Leaving Certificate Examination (including Day School Certificate (Higher) General paper), 1930
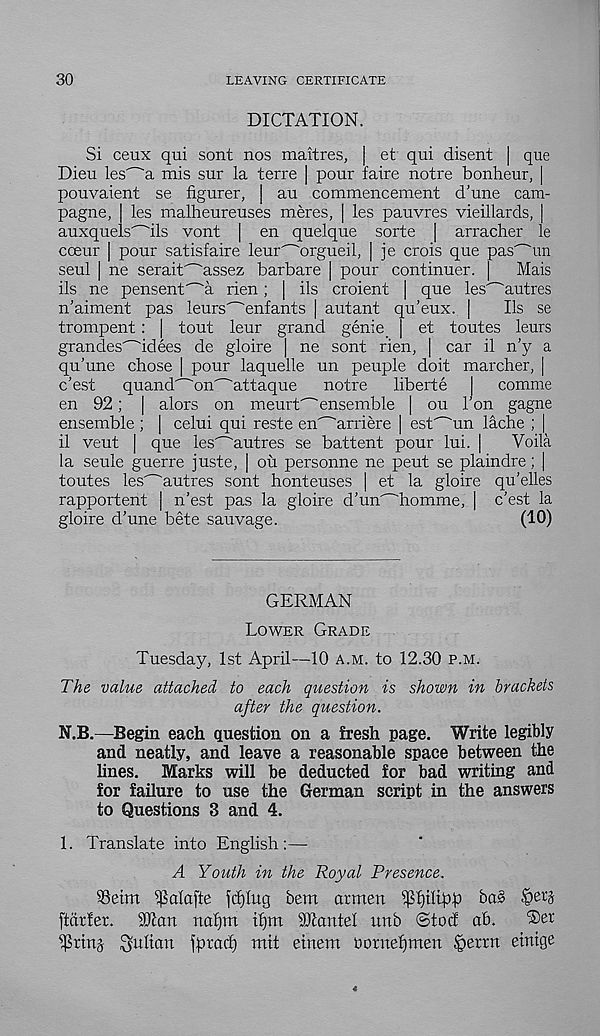
30
LEAVING CERTIFICATE
DICTATION.
Si ceux qui sont nos maitres, | et qui disent | que
Dieu les'~'a mis sur la terre | pour faire notre bonheur, |
pouvaient se figurer, | an commencement d'une cam-
pagne, les malheureuses meres, | les pauvres vieillards, |
auNquels^ils vont | en quelque sorte [ arracher le
cceur | pour satisfaire leur'~'orgueil, | je crois que passim
seul | ne serait^assez barbare | pour continuer. |
Mais
ils ne pensent^a rien; | ils croient | que les^autres
n’aiment pas leurs'~'enfants | autant qu’eux. |
Ils se
trompent: | tout leur grand genie _ | et toutes leurs
grandes'~'idees de gloire | ne sont rien, | car il n’y a
qu’une chose | pour laquelle un peuple doit marcher, |
c'est
quand^on^attaque
notre
liberte |
comme
en 92; | alors on meurt"^ensemble | ou Ton gagne
ensemble ; | celui qui reste en^arriere | est^un lache ; |
il veut | que les' - 'autres se battent pour lui. |
Voila
la seule guerre juste, | oil personne ne peut se plaindre; |
toutes les^autres sont honteuses | et la gloire qu’elles
rapportent | n’est pas la gloire d’un'^'homme, | c'est la
gloire d’une bete sauvage.
(10)
GERMAN
Lower Grade
Tuesday, 1st April—10 a.m. to 12.30 p.m.
The value attached to each question is shown in brackets
after the question.
N.B.—Begin each question on a fresh page. Write legibly
and neatly, and leave a reasonable space between the
lines. Marks will be deducted for bad writing and
for failure to use the German script in the answers
to Questions 3 and 4.
1. Translate into English:—-
A Youth in the Royal Presence.
Seim ipdafte fd)Iug bem armen ‘^fjiltp.p bas
ftarfer.
iDtcm nafjm tf)m Mantel imb @tocf ab.
Julian jpracl) mit etnem iiomefptten §errn eintge